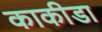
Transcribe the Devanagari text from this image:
काकीडा